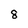
Character: 8